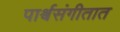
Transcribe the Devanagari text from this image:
पार्श्वसंगीतात